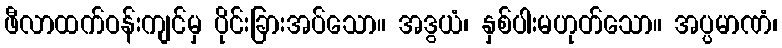
ဖီလာထက်ဝန်းကျင်မှ ပိုင်းခြားအပ်သော။ အဒွယံ၊ နှစ်ပါးမဟုတ်သော။ အပ္ပမာဏံ၊